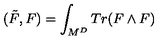
( \tilde { F } , F ) = \int _ { M ^ { D } } T r ( F \wedge F )